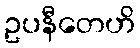
ဥပနီတေဟိ